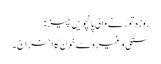
روزہ توڑنے والی پانچویں چیز :
سنگی وغیرہ سے خون کا اخراج ۔